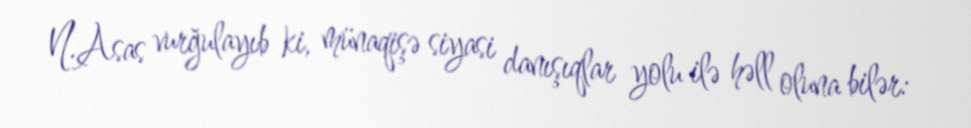
N.Asas vurğulayıb ki, münaqişə siyasi danışıqlar yolu ilə həll oluna bilər: